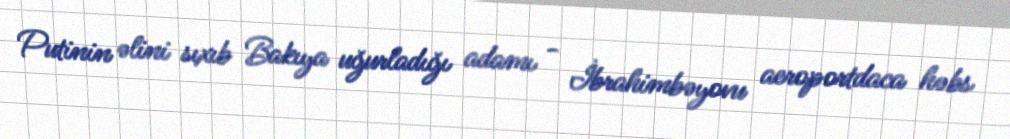
Putinin əlini sıxıb Bakıya uğurladığı adamı - İbrahimbəyovu aeroportdaca həbs